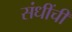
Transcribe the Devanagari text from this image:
संधींची